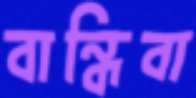
বান্ধিবা